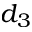
d _ { 3 }